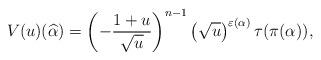
LaTeX: \begin{align*}V(u)(\widehat{\alpha}) = \left(- \frac{1+u}{\sqrt{u}} \right)^{n-1} \left(\sqrt{u}\right)^{\varepsilon(\alpha)} {\rm \tau}(\pi(\alpha)),\end{align*}